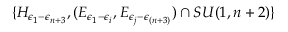
\{ H _ { \epsilon _ { 1 } - \epsilon _ { n + 3 } } , ( E _ { \epsilon _ { 1 } - \epsilon _ { i } } , E _ { \epsilon _ { j } - \epsilon _ { ( n + 3 ) } } ) \cap S U ( 1 , n + 2 ) \}